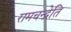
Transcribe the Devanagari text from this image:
रामचन्द्रेति